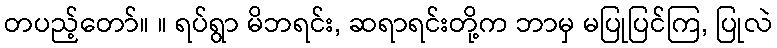
တပည့်တော်။ ။ ရပ်ရွာ မိဘရင်း, ဆရာရင်းတို့က ဘာမှ မပြုပြင်ကြ, ပြုလဲ